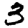
Digit: 3